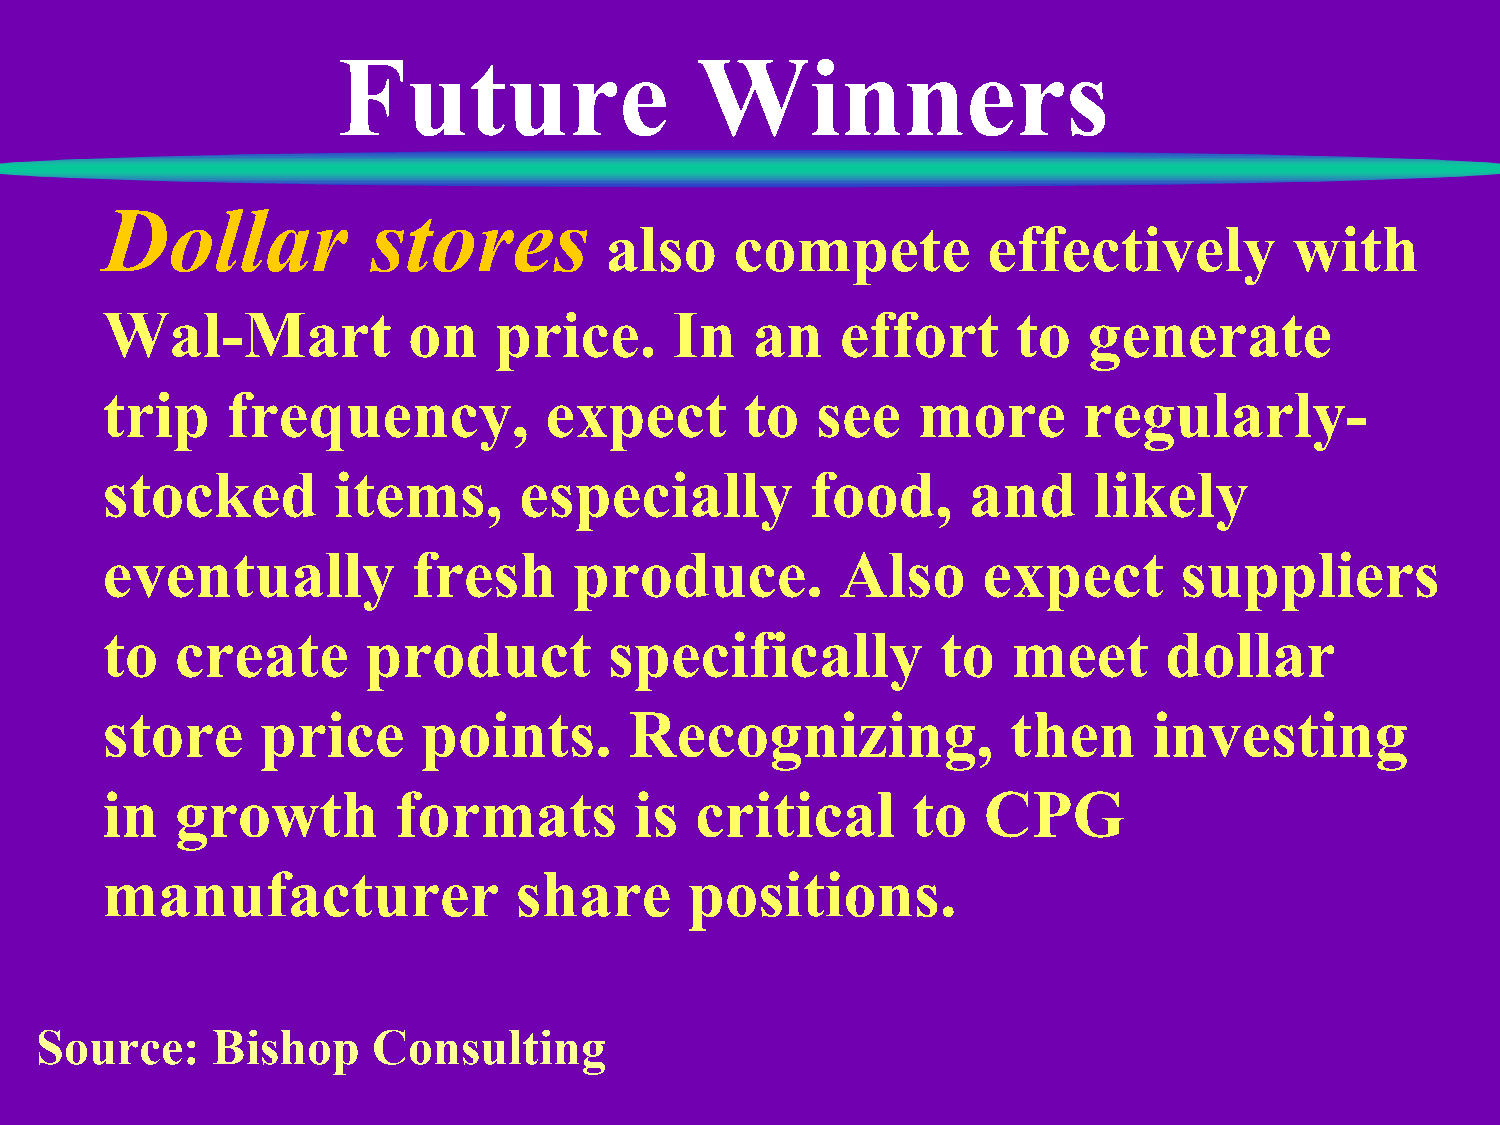
Future                  Winners
 Dollar           stores
 also     compete         effectively          with
 Wal-Mart            on    price.      In   an    effort     to   generate
 trip    frequency,           expect       to   see    more       regularly-
 stocked        items,      especially          food,     and     likely
 eventually          fresh      produce.          Also     expect       suppliers
 to   create      product         specifically          to   meet      dollar
 store     price      points.       Recognizing,             then     investing
 in   growth        formats         is  critical      to   CPG
 manufacturer               share       positions.
 Source:     Bishop     Consulting